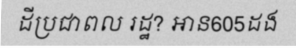
ដីប្រជាពល រដ្ឋ? អាន605ដង